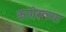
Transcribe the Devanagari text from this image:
कांग्रेसच्या